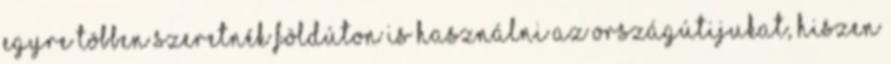
egyre többen szeretnék földúton is használni az országútijukat, hiszen